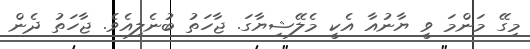
މިގޭ މަންމަ ވީ ޔާނުއާ އެކީ މެލޭޝިޔާގަ. ޖާހަތު ބުނެލިއެވެ. ޖާހަތު ދެން